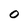
Character: 0